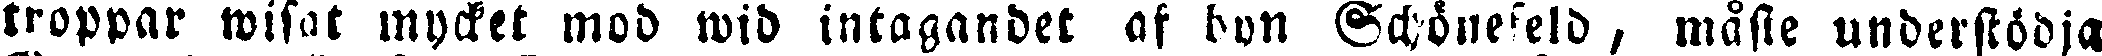
troppar wisat mycket mod wid intagandet af bon Schönefeld, måste understödja